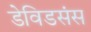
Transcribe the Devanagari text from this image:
डेविडसंस